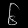
Digit: ၆